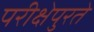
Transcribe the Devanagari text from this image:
परीक्षेपुरते